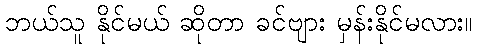
ဘယ်သူ နိုင်မယ် ဆိုတာ ခင်ဗျား မှန်းနိုင်မလား။